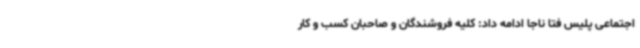
اجتماعی پلیس فتا ناجا ادامه داد: کلیه فروشندگان و صاحبان کسب و کار